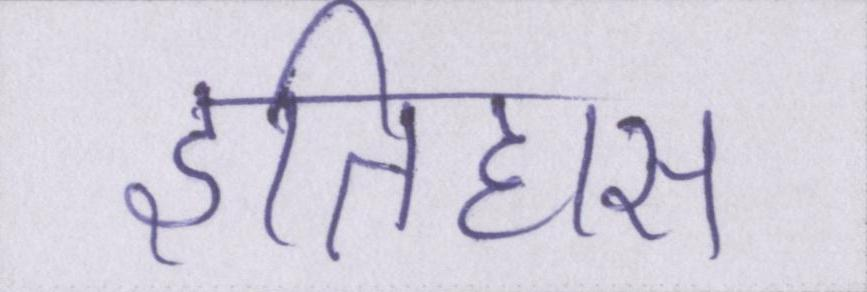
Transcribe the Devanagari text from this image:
इतिहास